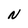
Character: N